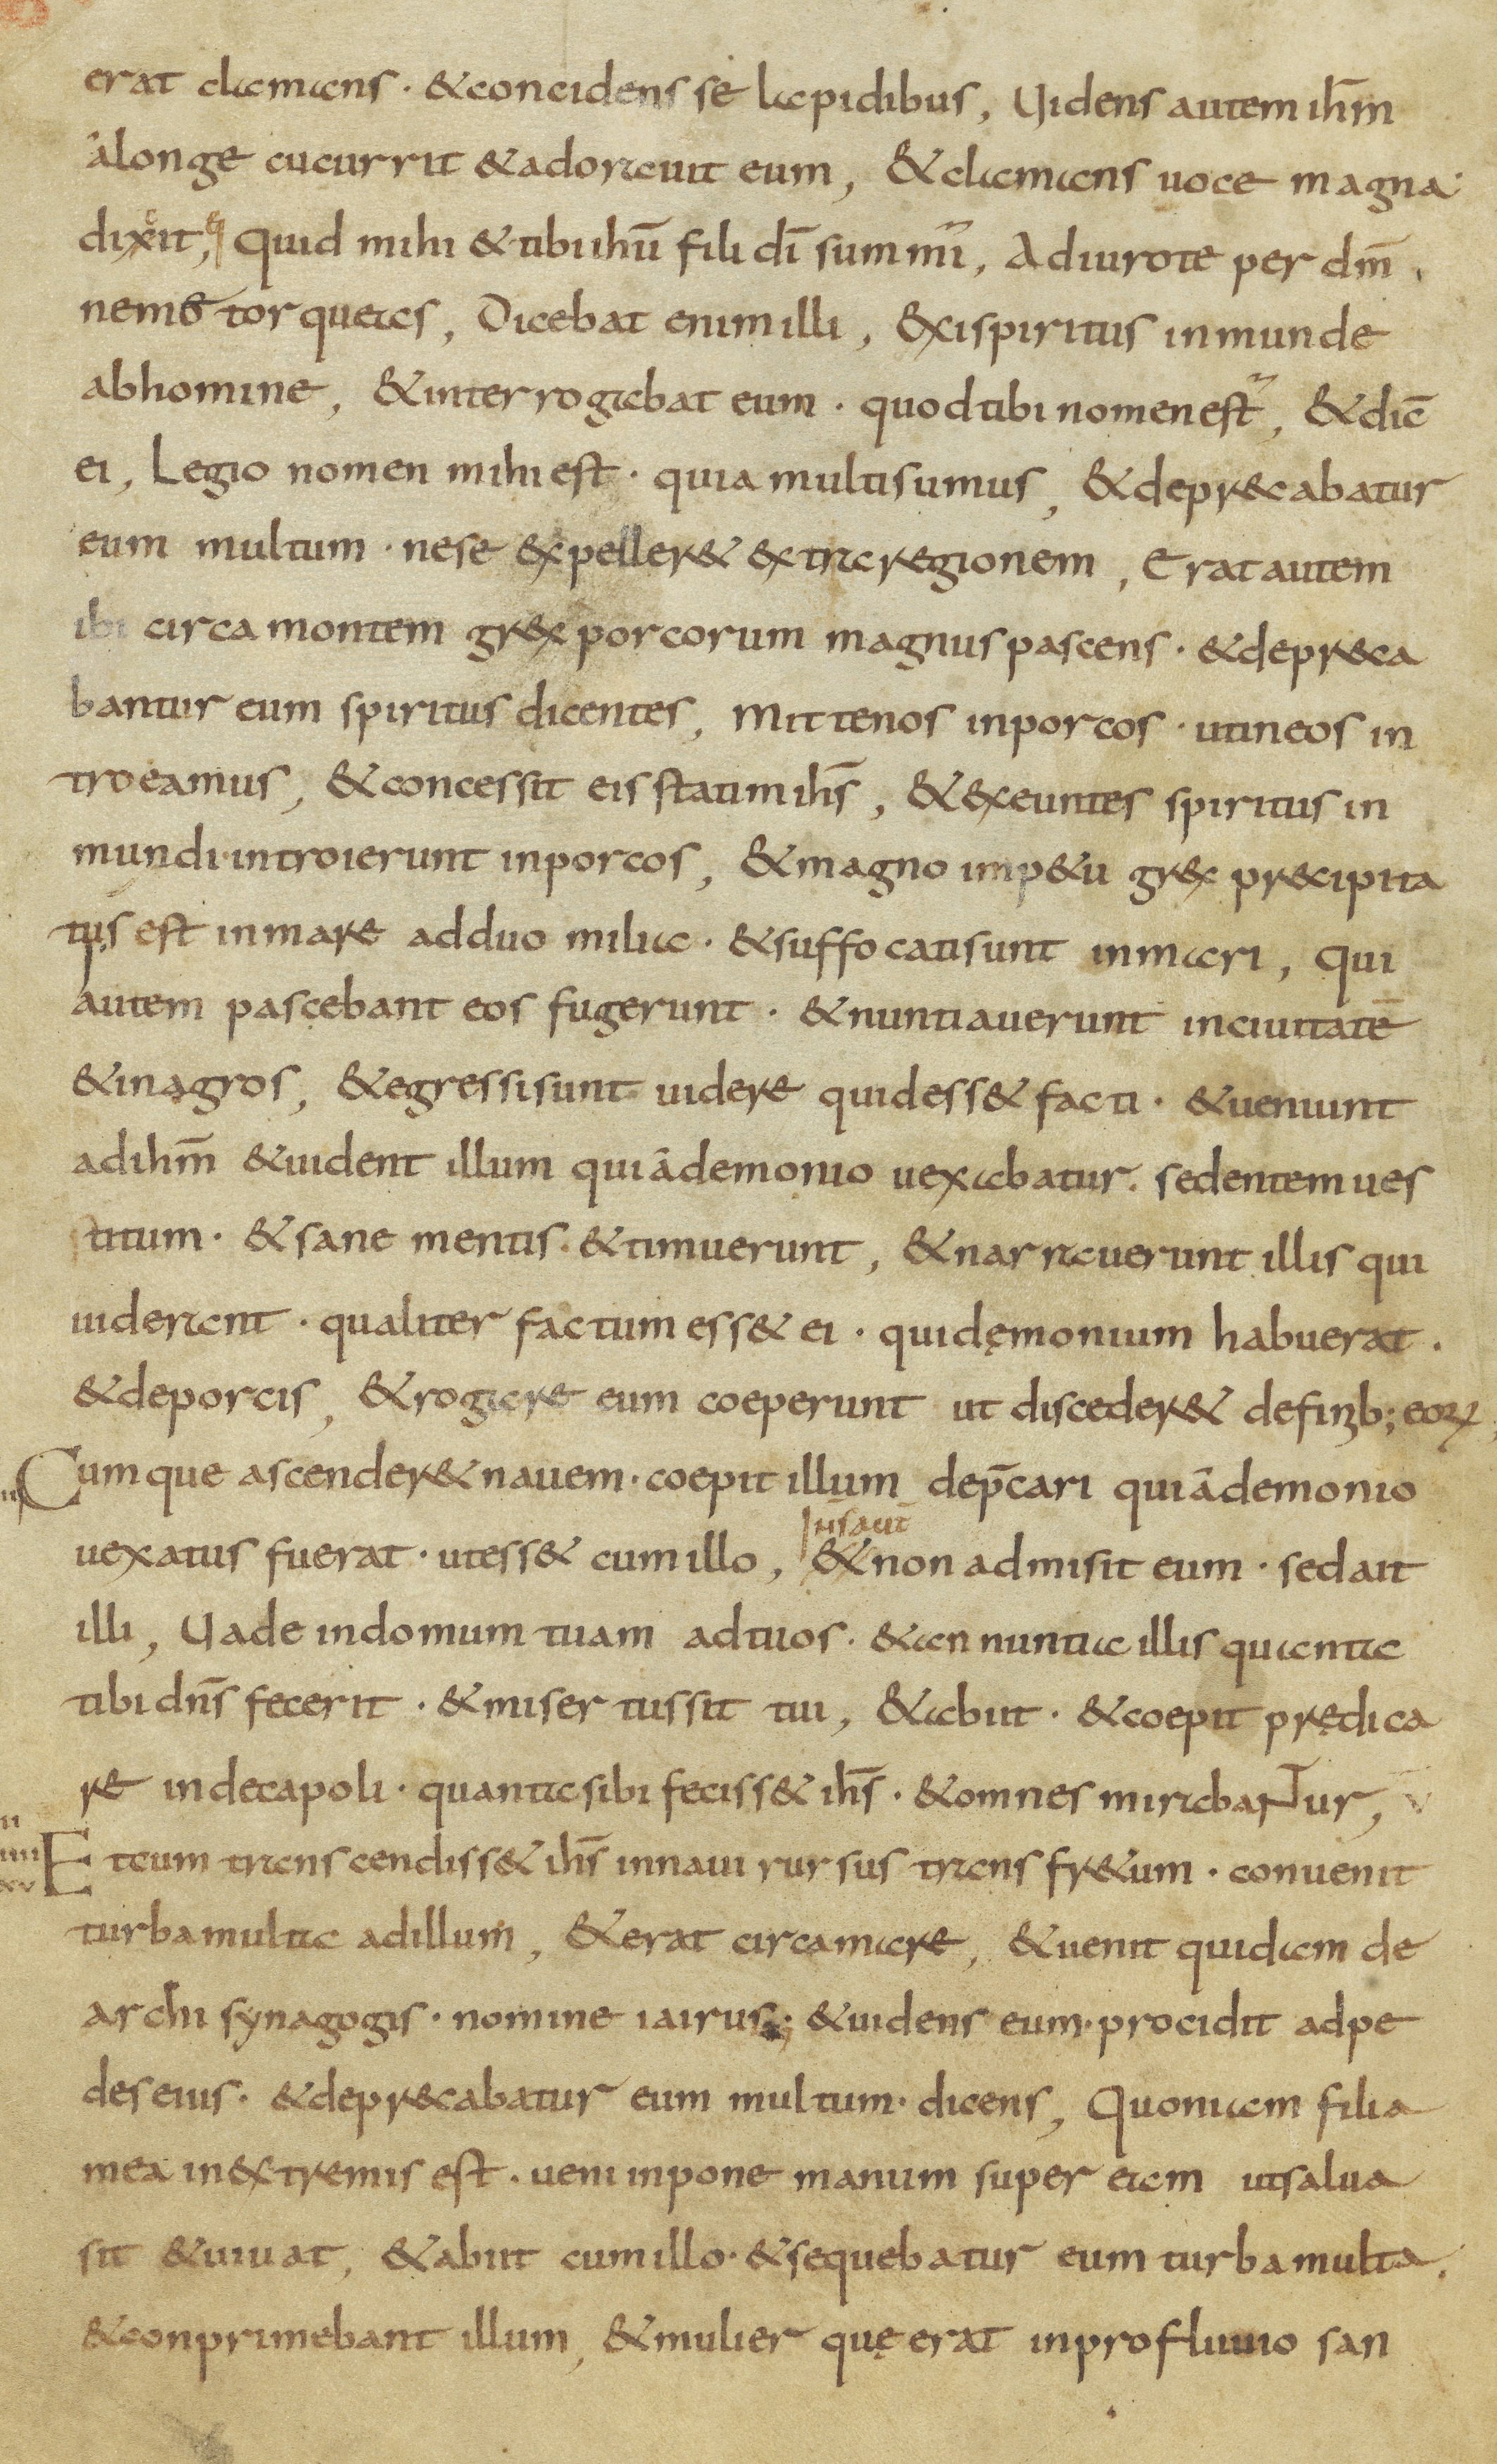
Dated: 800–899